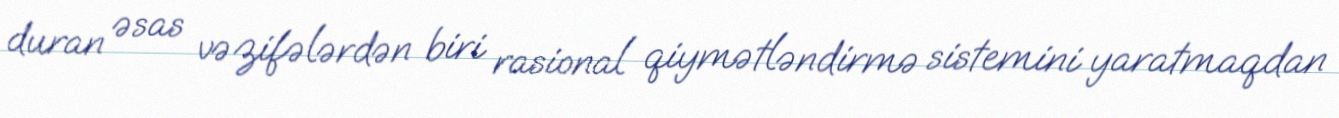
duran əsas vəzifələrdən biri rasional qiymətləndirmə sistemini yaratmaqdan